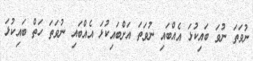
ނުވަތަ ނުވަ ބައިކުޅަ އެއްބައި ނުވަތަ އަށްބައިކުޅަ އެއްބައި ނުވަތަ ހަތް ބައިކުޅަ